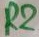
Text: R2